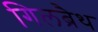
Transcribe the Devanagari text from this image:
गिलब्रैथ